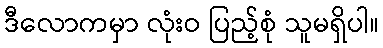
ဒီလောကမှာ လုံးဝ ပြည့်စုံ သူမရှိပါ။